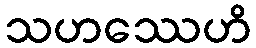
သဟဿေဟိ